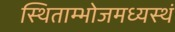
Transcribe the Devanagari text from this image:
स्थिताम्भोजमध्यस्थं